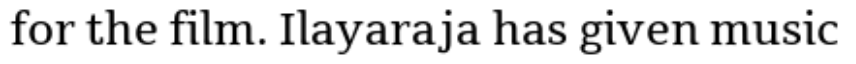
for the film. Ilayaraja has given music